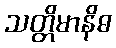
သတ္တိမာနိဓ